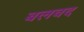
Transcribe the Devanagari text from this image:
बलवद